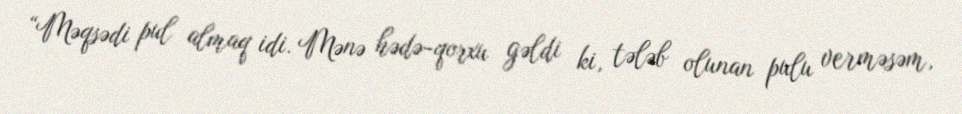
“Məqsədi pul almaq idi. Mənə hədə-qorxu gəldi ki, tələb olunan pulu verməsəm,